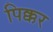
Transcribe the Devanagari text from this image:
पिक्कर